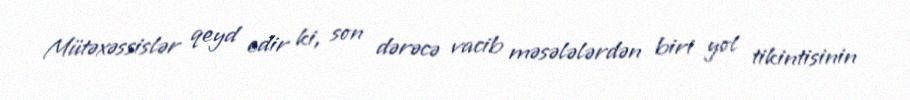
Mütəxəssislər qeyd edir ki, son dərəcə vacib məsələlərdən biri yol tikintisinin